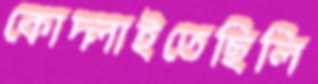
কোদ্‌লাইতেছিলি